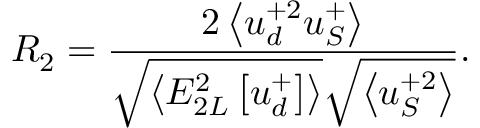
R _ { 2 } = \frac { 2 \left< u _ { d } ^ { + 2 } u _ { S } ^ { + } \right> } { \sqrt { \left< E _ { 2 L } ^ { 2 } \left[ u _ { d } ^ { + } \right] \right> } \sqrt { \left< u _ { S } ^ { + 2 } \right> } } .